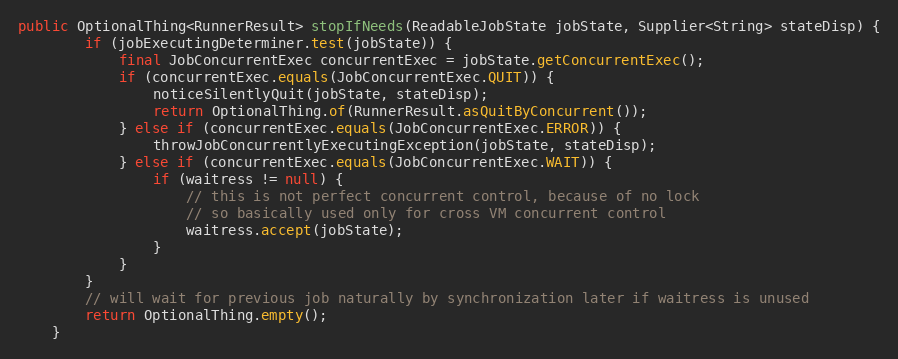
Language: Java
public OptionalThing<RunnerResult> stopIfNeeds(ReadableJobState jobState, Supplier<String> stateDisp) {
        if (jobExecutingDeterminer.test(jobState)) {
            final JobConcurrentExec concurrentExec = jobState.getConcurrentExec();
            if (concurrentExec.equals(JobConcurrentExec.QUIT)) {
                noticeSilentlyQuit(jobState, stateDisp);
                return OptionalThing.of(RunnerResult.asQuitByConcurrent());
            } else if (concurrentExec.equals(JobConcurrentExec.ERROR)) {
                throwJobConcurrentlyExecutingException(jobState, stateDisp);
            } else if (concurrentExec.equals(JobConcurrentExec.WAIT)) {
                if (waitress != null) {
                    // this is not perfect concurrent control, because of no lock
                    // so basically used only for cross VM concurrent control
                    waitress.accept(jobState);
                }
            }
        }
        // will wait for previous job naturally by synchronization later if waitress is unused
        return OptionalThing.empty();
    }